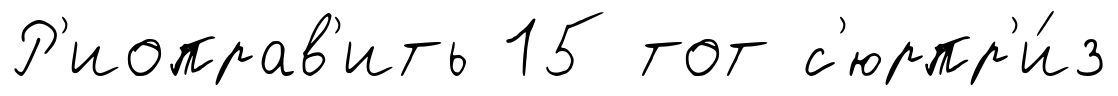
Р'иоправ'ить 15 тот с'юрпр'и́з